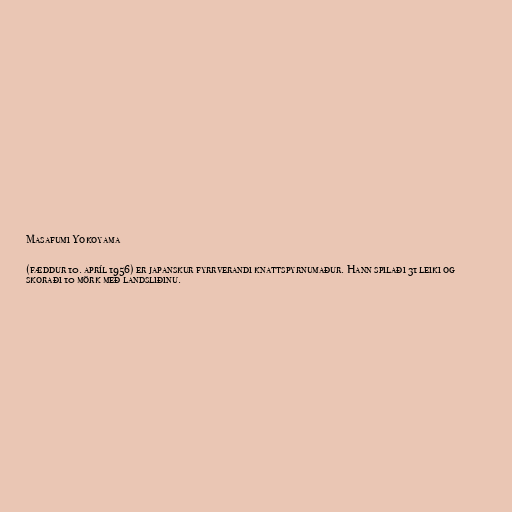
Masafumi Yokoyama

(fæddur 10. apríl 1956) er japanskur fyrrverandi knattspyrnumaður. Hann spilaði 31 leiki og
skoraði 10 mörk með landsliðinu.